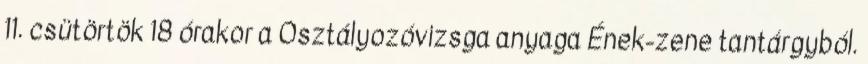
11. csütörtök 18 órakor a Osztályozóvizsga anyaga Ének-zene tantárgyból.